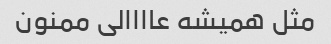
مثل همیشه عاااالی ممنون